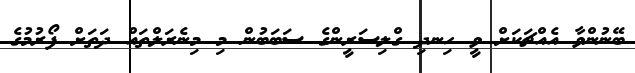
ބޭނުންވާ އެއްޗަކަށް ވީ ހިނދި ގްލިސަރީންގެ ސަބަބުން މި މިނެރަލްތައް ދަތަށް ފޯރުމުގެ